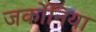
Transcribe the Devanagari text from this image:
जर्कोनिया